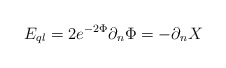
\begin{align*}E_{ql}=2e^{-2\Phi }\partial _{n}\Phi =-\partial _{n}X\,\end{align*}